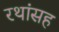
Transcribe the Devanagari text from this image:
रथांसह